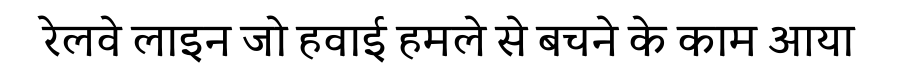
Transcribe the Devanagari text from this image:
रेलवे लाइन जो हवाई हमले से बचने के काम आया